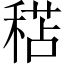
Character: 𥠯